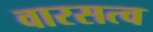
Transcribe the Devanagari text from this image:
वारसत्व